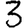
Digit: 3